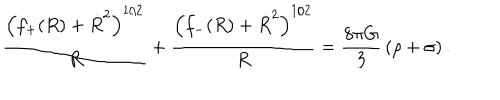
\frac { \left( f _ { + } ( R ) + \dot { R } ^ { 2 } \right) ^ { 1 / 2 } } { R } + \frac { \left( f _ { - } ( R ) + \dot { R } ^ { 2 } \right) ^ { 1 / 2 } } { R } = \frac { 8 \pi G } { 3 } \, ( \rho + \sigma ) \, .